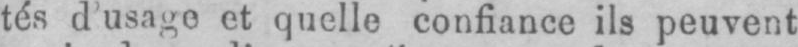
tés d’usage et quelle confiance ils peuvent